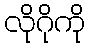
လိုဂိုကို